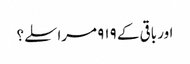
اور باقی کے ۹۱۹ مراسلے؟